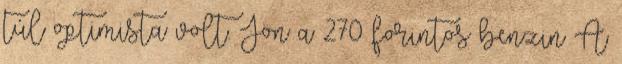
túl optimista volt. Jön a 270 forintos benzin A